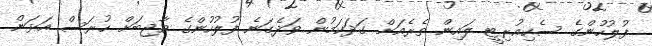
ފުލުހުންގެ ސެކިއުރިޓީ ލައިން ތެރެއަށް ގަދަކަމުން ވަދެގަނެ ފުލުހުންގެ ވާޖިބަށް ހުރަސް އަޅަން